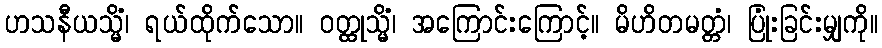
ဟသနီယသ္မိံ၊ ရယ်ထိုက်သော။ ဝတ္ထုသ္မိံ၊ အကြောင်းကြောင့်။ မိဟိတမတ္တံ၊ ပြုံးခြင်းမျှကို။